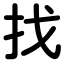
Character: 找